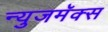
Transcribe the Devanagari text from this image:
न्युजमॅक्स